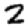
Digit: 2